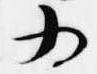
為